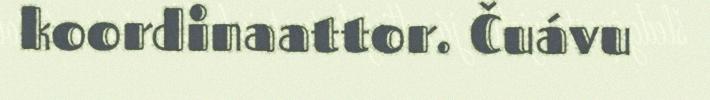
koordinaattor. Čuávu